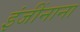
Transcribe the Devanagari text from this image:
इंजींनाना